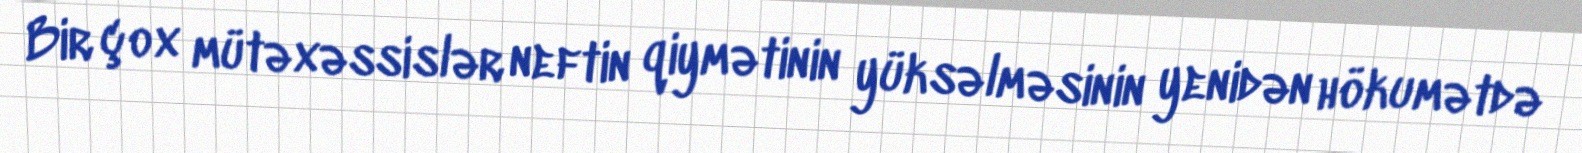
Bir çox mütəxəssislər neftin qiymətinin yüksəlməsinin yenidən hökumətdə